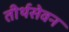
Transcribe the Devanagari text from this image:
तीर्थसेवन